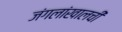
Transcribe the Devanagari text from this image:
जंगलांखालची